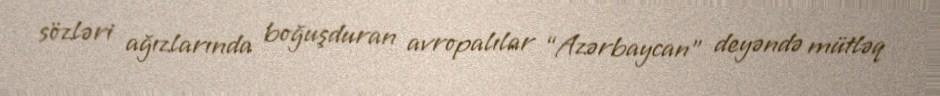
sözləri ağızlarında boğuşduran avropalılar “Azərbaycan” deyəndə mütləq